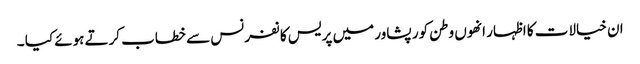
ان خیالات کا اظہار انھوں وطن کور پشاور میں پریس کا نفرنس سے خطاب کرتے ہوئے کیا ۔